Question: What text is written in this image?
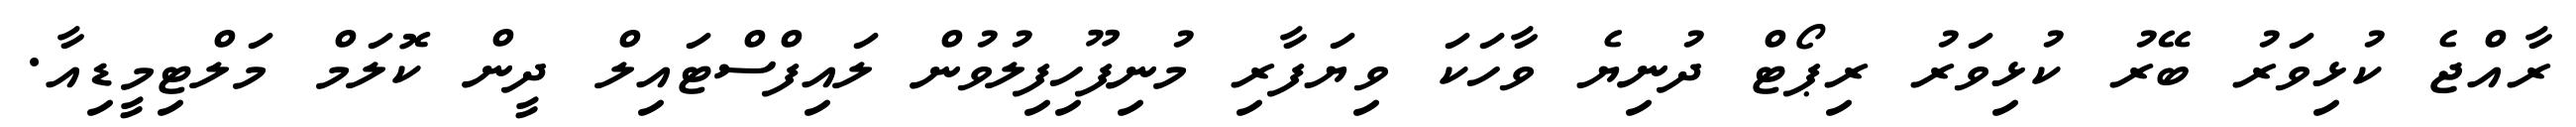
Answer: ރާއްޖެ ކުޅިވަރު ބޭރު ކުޅިވަރު ރިޕޯޓް ދުނިޔެ ވާހަކަ ވިޔަފާރި މުނިފޫހިފިލުވުން ލައިފްސްޓައިލް ދީން ކޮލަމް މަލްޓިމީޑިއާ.